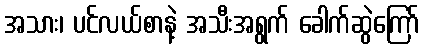
အသား၊ ပင်လယ်စာနဲ့ အသီးအရွက် ခေါက်ဆွဲကြော်